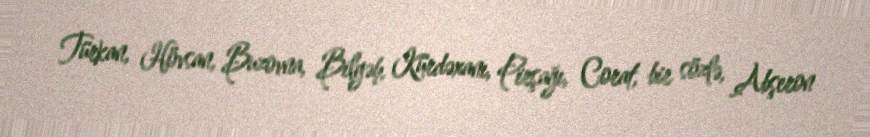
Türkan, Hövsan, Buzovna, Bilgəh, Kürdəxanı, Pirşağı, Corat, bir sözlə, Abşeron